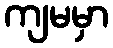
ကျမမှာ